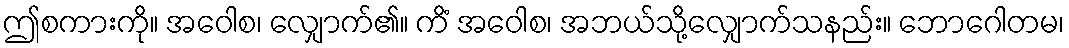
ဤစကားကို။ အဝေါစ၊ လျှောက်၏။ ကိံ အဝေါစ၊ အဘယ်သို့လျှောက်သနည်း။ ဘောဂေါတမ၊